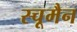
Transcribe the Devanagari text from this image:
स्चूमैन